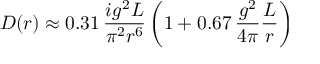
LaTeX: { \cal D } ( r ) \approx 0 . 3 1 \, \frac { i g ^ { 2 } L } { \pi ^ { 2 } r ^ { 6 } } \left( 1 + 0 . 6 7 \, \frac { g ^ { 2 } } { 4 \pi } \frac { L } { r } \right)